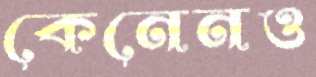
কেনেনও